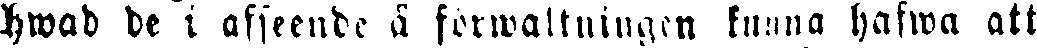
hwad de i afseende å förwaltningen kunna hafwa att